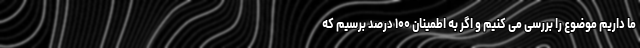
ما داریم موضوع را بررسی می کنیم و اگر به اطمینان ۱۰۰ درصد برسیم که